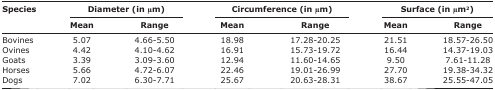
<table><thead><tr><td rowspan="3"><b>Species</b></td><td colspan="2"><b>Diameter (in μm)</b></td><td colspan="2"><b>Circumference (in μm)</b></td><td colspan="2"><b>Surface (in μm<sup>2</sup>)</b></td></tr><tr><td><b>Mean</b></td><td><b>Range</b></td><td><b>Mean</b></td><td><b>Range</b></td><td><b>Mean</b></td><td><b>Range</b></td></tr></thead><tbody><tr><td>Bovines</td><td>5.07</td><td>4.66-5.50</td><td>18.98</td><td>17.28-20.25</td><td>21.51</td><td>18.57-26.50</td></tr><tr><td>Ovines</td><td>4.42</td><td>4.10-4.62</td><td>16.91</td><td>15.73-19.72</td><td>16.44</td><td>14.37-19.03</td></tr><tr><td>Goats</td><td>3.39</td><td>3.09-3.60</td><td>12.94</td><td>11.60-14.65</td><td>9.50</td><td>7.61-11.28</td></tr><tr><td>Horses</td><td>5.66</td><td>4.72-6.07</td><td>22.46</td><td>19.01-26.99</td><td>27.70</td><td>19.38-34.32</td></tr><tr><td>Dogs</td><td>7.02</td><td>6.30-7.71</td><td>25.67</td><td>20.63-28.31</td><td>38.67</td><td>25.55-47.05</td></tr></tbody></table>